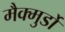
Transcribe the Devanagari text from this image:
मैक्मुर्डो